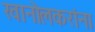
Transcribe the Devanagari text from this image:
खानोलकरांना